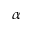
\alpha